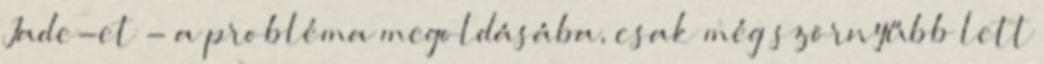
Jade-et - a probléma megoldásába, csak még szörnyűbb lett